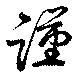
謹